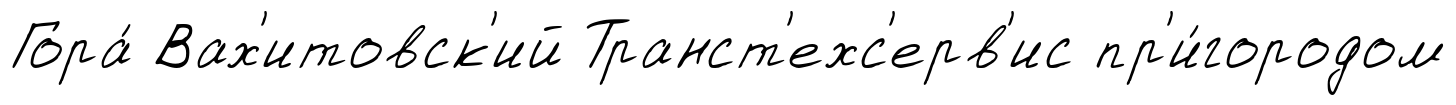
Гора́ Вах'итовск'ий Транст'ехс'ерв'ис пр'и́городом